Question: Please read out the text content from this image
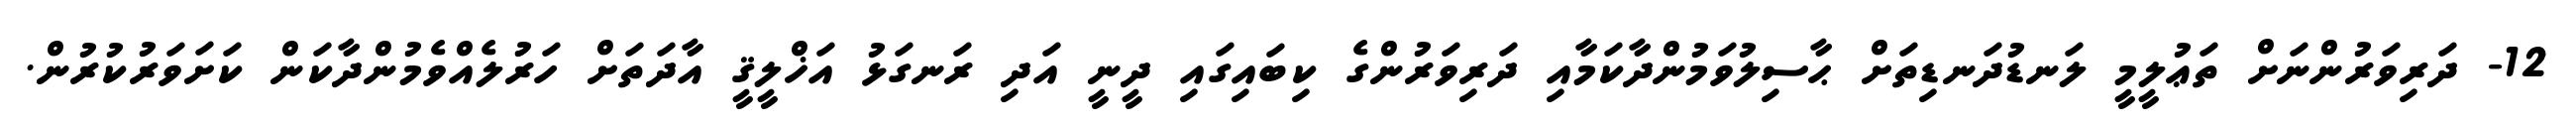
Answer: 12- ދަރިވަރުންނަށް ތަޢުލީމީ ލަނޑުދަނޑިތަށް ޙާސިލުވަމުންދާކަމާއި ދަރިވަރުންގެ ކިބައިގައި ދީނީ އަދި ރަނގަޅު އަޚްލީޤީ އާދަތަށް ހަރުލެއްވެމުންދާކަން ކަށަވަރުކުރުން.